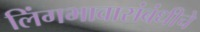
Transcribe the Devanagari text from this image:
लिंगभावासंबंधीचे